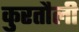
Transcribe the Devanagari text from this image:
कुरतौली